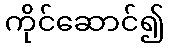
ကိုင်ဆောင်၍